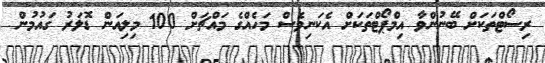
ރިސޯޓްތަކަށް ބޭނުންވާ އިމްޕޯޓްތަކަށް އެކަނިވެސް މަހެއްގެ މައްޗަށް 100 މިލިއަން ޑޮލަރު ގައުމުން